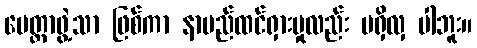
မေတ္တာဖွဲ့သာ ဖြစ်ကာ နာမည်ထင်ရှားမှုလည်း မရှိလှ ပါဘူး။